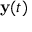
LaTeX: \mathbf { y } ( t )